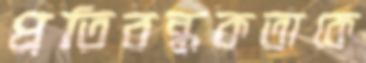
প্রতিবন্ধকতাকে